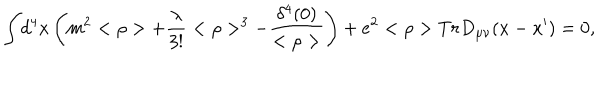
LaTeX: { \int } d ^ { 4 } x \left( m ^ { 2 } < \rho > + \frac { \lambda } { 3 ! } < \rho > ^ { 3 } - \frac { \delta ^ { 4 } ( 0 ) } { < \rho > } \right) + e ^ { 2 } < \rho > T r D _ { \mu \nu } ( x - x ^ { \prime } ) = 0 ,